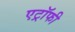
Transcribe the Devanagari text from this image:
एट्रॉफी